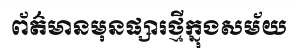
ព័ត៌មានមុនផ្សារថ្មីក្នុងសម័យ